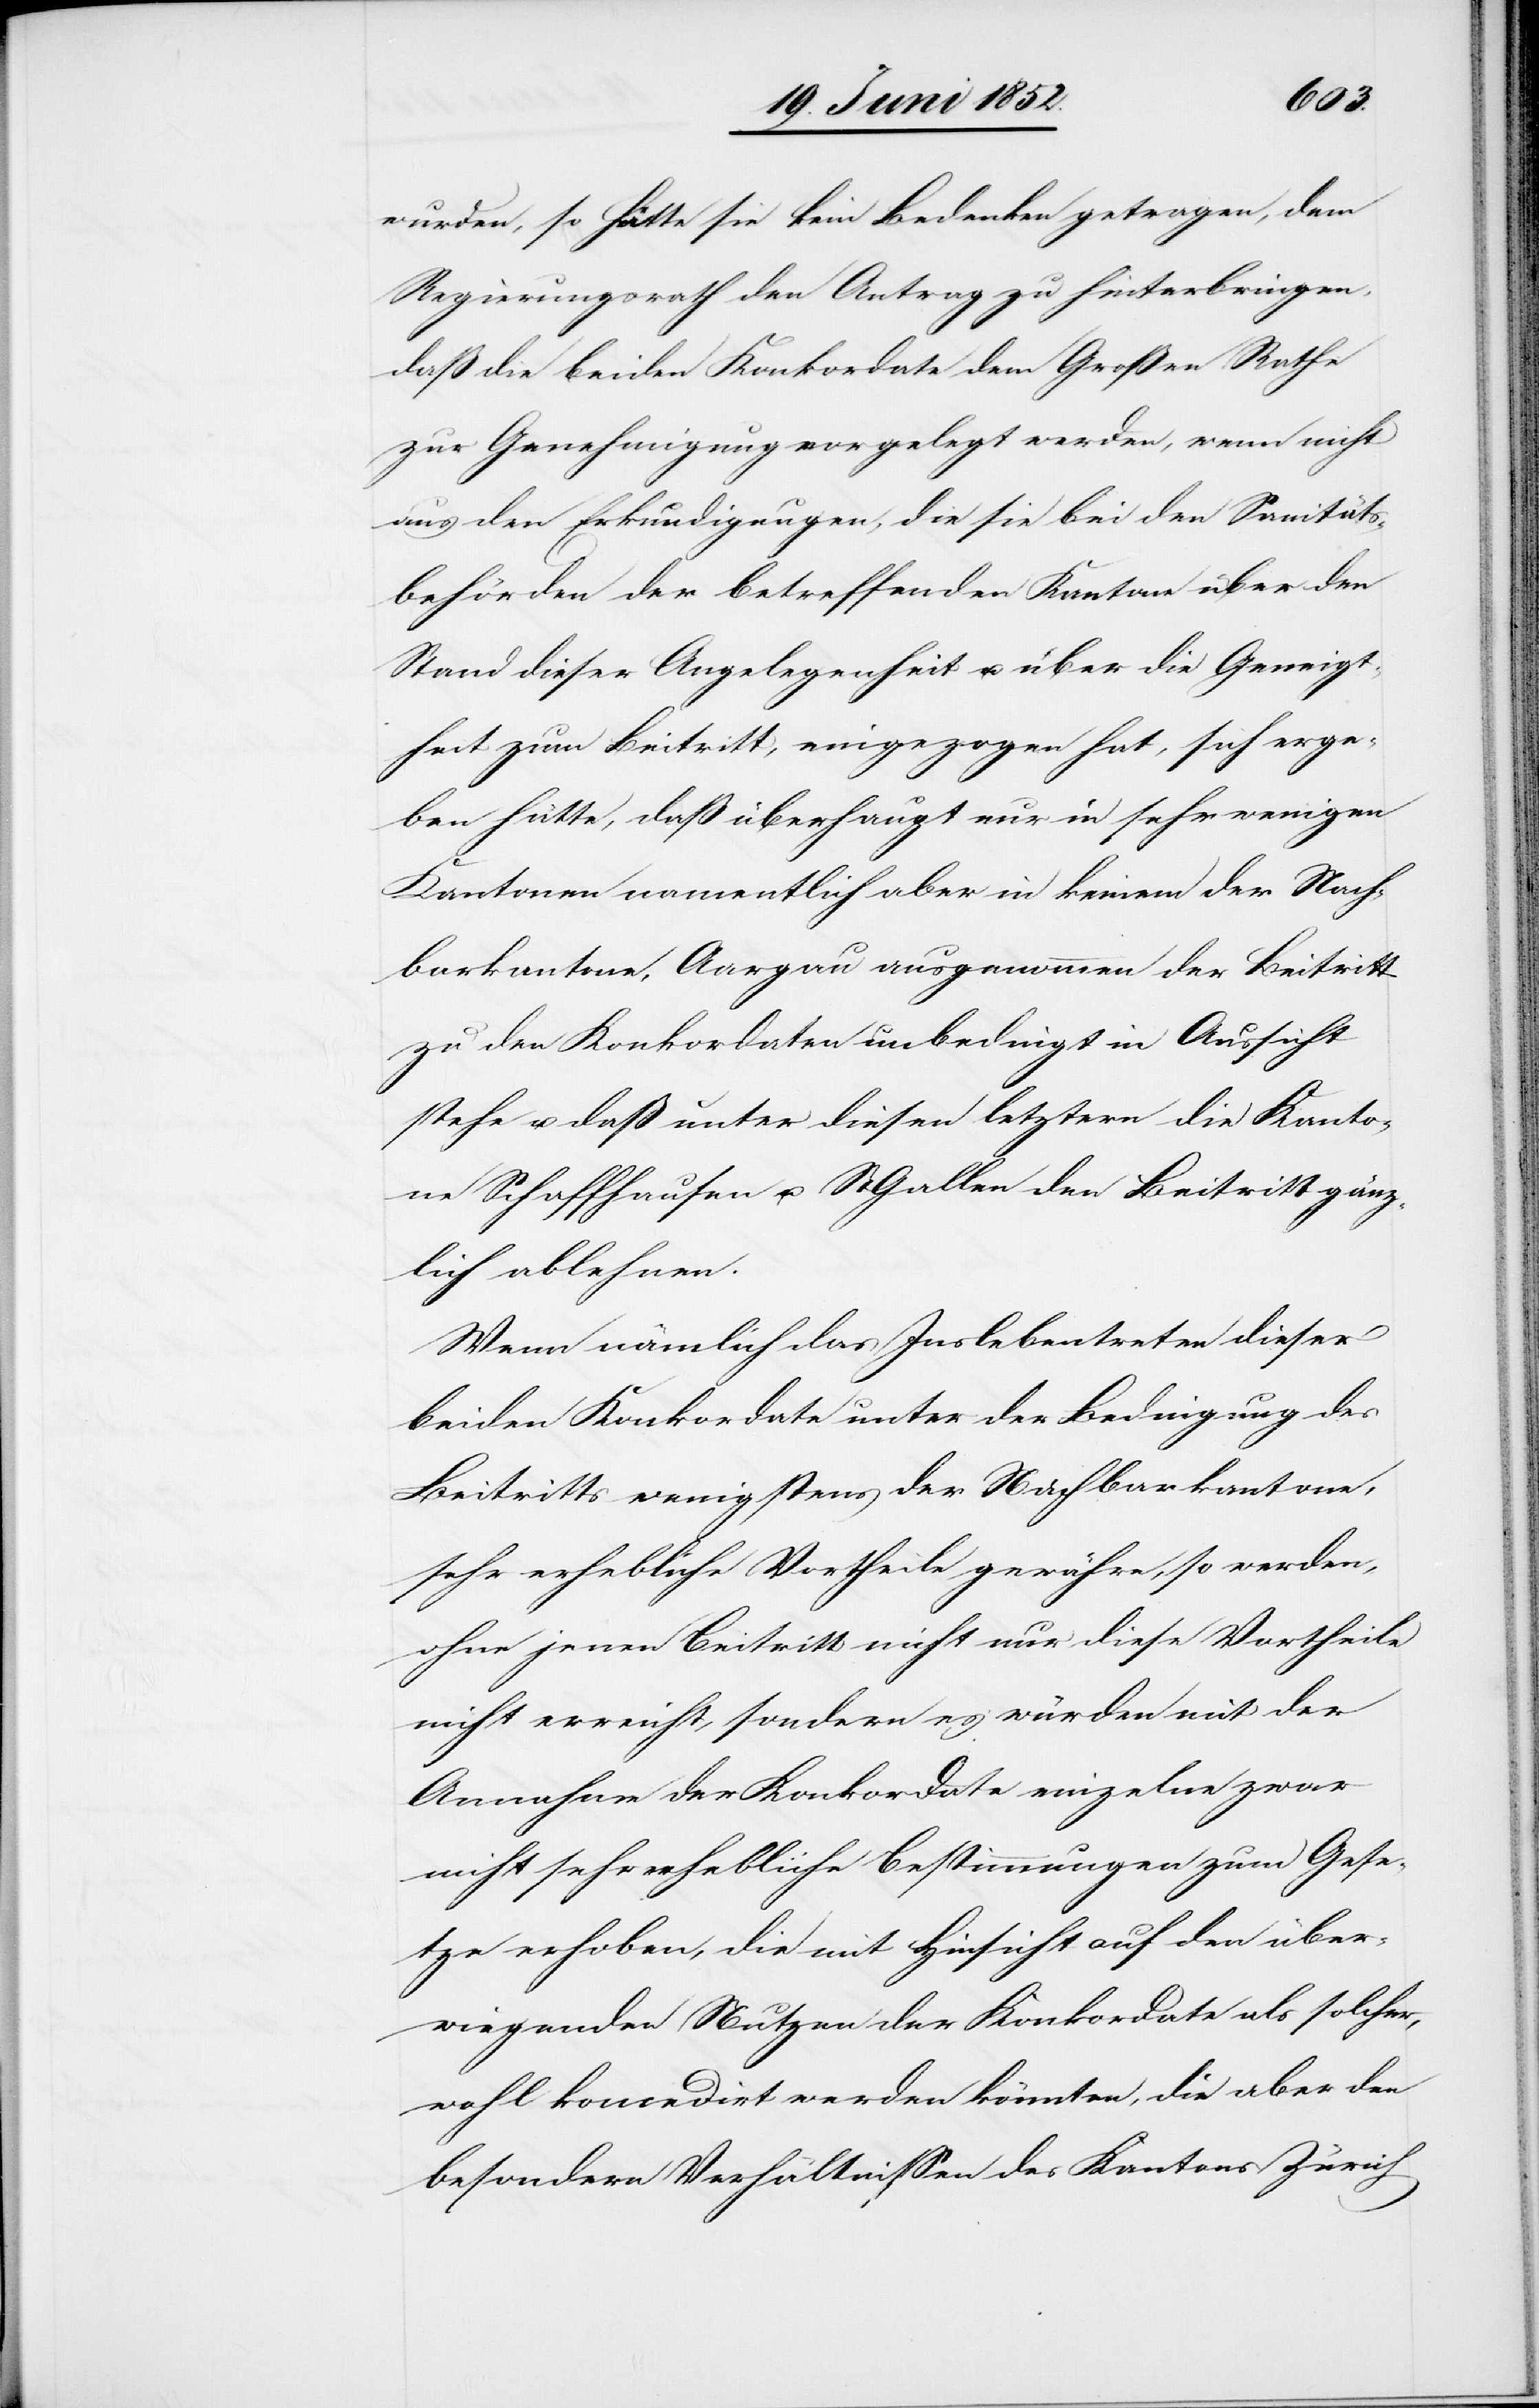
wurden, so hätte sie kein Bedenken getragen, dem
Regierungsrath den Antrag zu hinterbringen,
daß die beiden Konkordate dem Großen Rathe
zur Genehmigung vorgelegt werden, wenn nicht
aus den Erkundigungen, die sie bei den Sanitäts¬
behörden der betreffenden Kantone über den
Stand dieser Angelegenheit u. über die Geneigt¬
heit zum Beitritt, eingezogen hat, sich erge¬
ben hätte, daß überhaupt nur in sehr wenigen
Kantonen namentlich aber in keinem der Nach¬
barkantone, Aargau ausgenommen der Beitritt
zu den Konkordaten unbedingt in Aussicht
stehe u. daß unter diesen letztern die Kanto¬
ne Schaffhausen u. St. Gallen den Beitritt gänz¬
lich ablehnen.
Wenn nämlich das Inslebentreten dieser
beiden Konkordate unter der Bedingung des
Beitritts wenigstens der Nachbarkantone,
sehr erhebliche Vortheile gewähre, so werden,
ohne jenen Beitritt nicht nur diese Vortheile
nicht erreicht, sondern es würden mit der
Annahme der Konkordate einzelne zwar
nicht sehr erhebliche Bestimmungen zum Gese¬
tze erhoben, die mit Hinsicht auf den über¬
wiegenden Nutzen der Konkordate als solcher,
wohl koncedirt werden könnten, die aber den
besondern Verhältnissen des Kantons Zürich